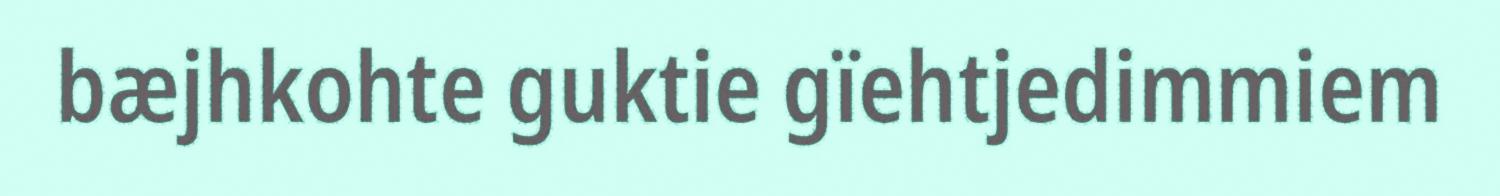
bæjhkohte guktie gïehtjedimmiem